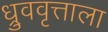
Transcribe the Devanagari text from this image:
ध्रुववृत्ताला